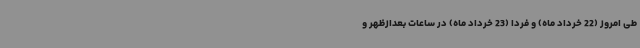
طی امروز (22 خرداد ماه) و فردا (23 خرداد ماه) در ساعات بعدازظهر و